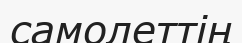
самолеттің